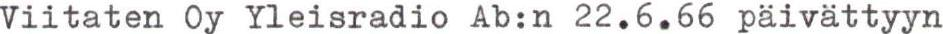
Viitaten Oy Yleisradio Ab:n 22.6.66 päivättyyn